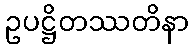
ဥပဋ္ဌိတဿတိနာ